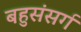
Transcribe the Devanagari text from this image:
बहुसंसर्ग